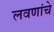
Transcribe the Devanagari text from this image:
लवणांचे